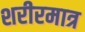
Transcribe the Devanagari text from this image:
शरीरमात्र